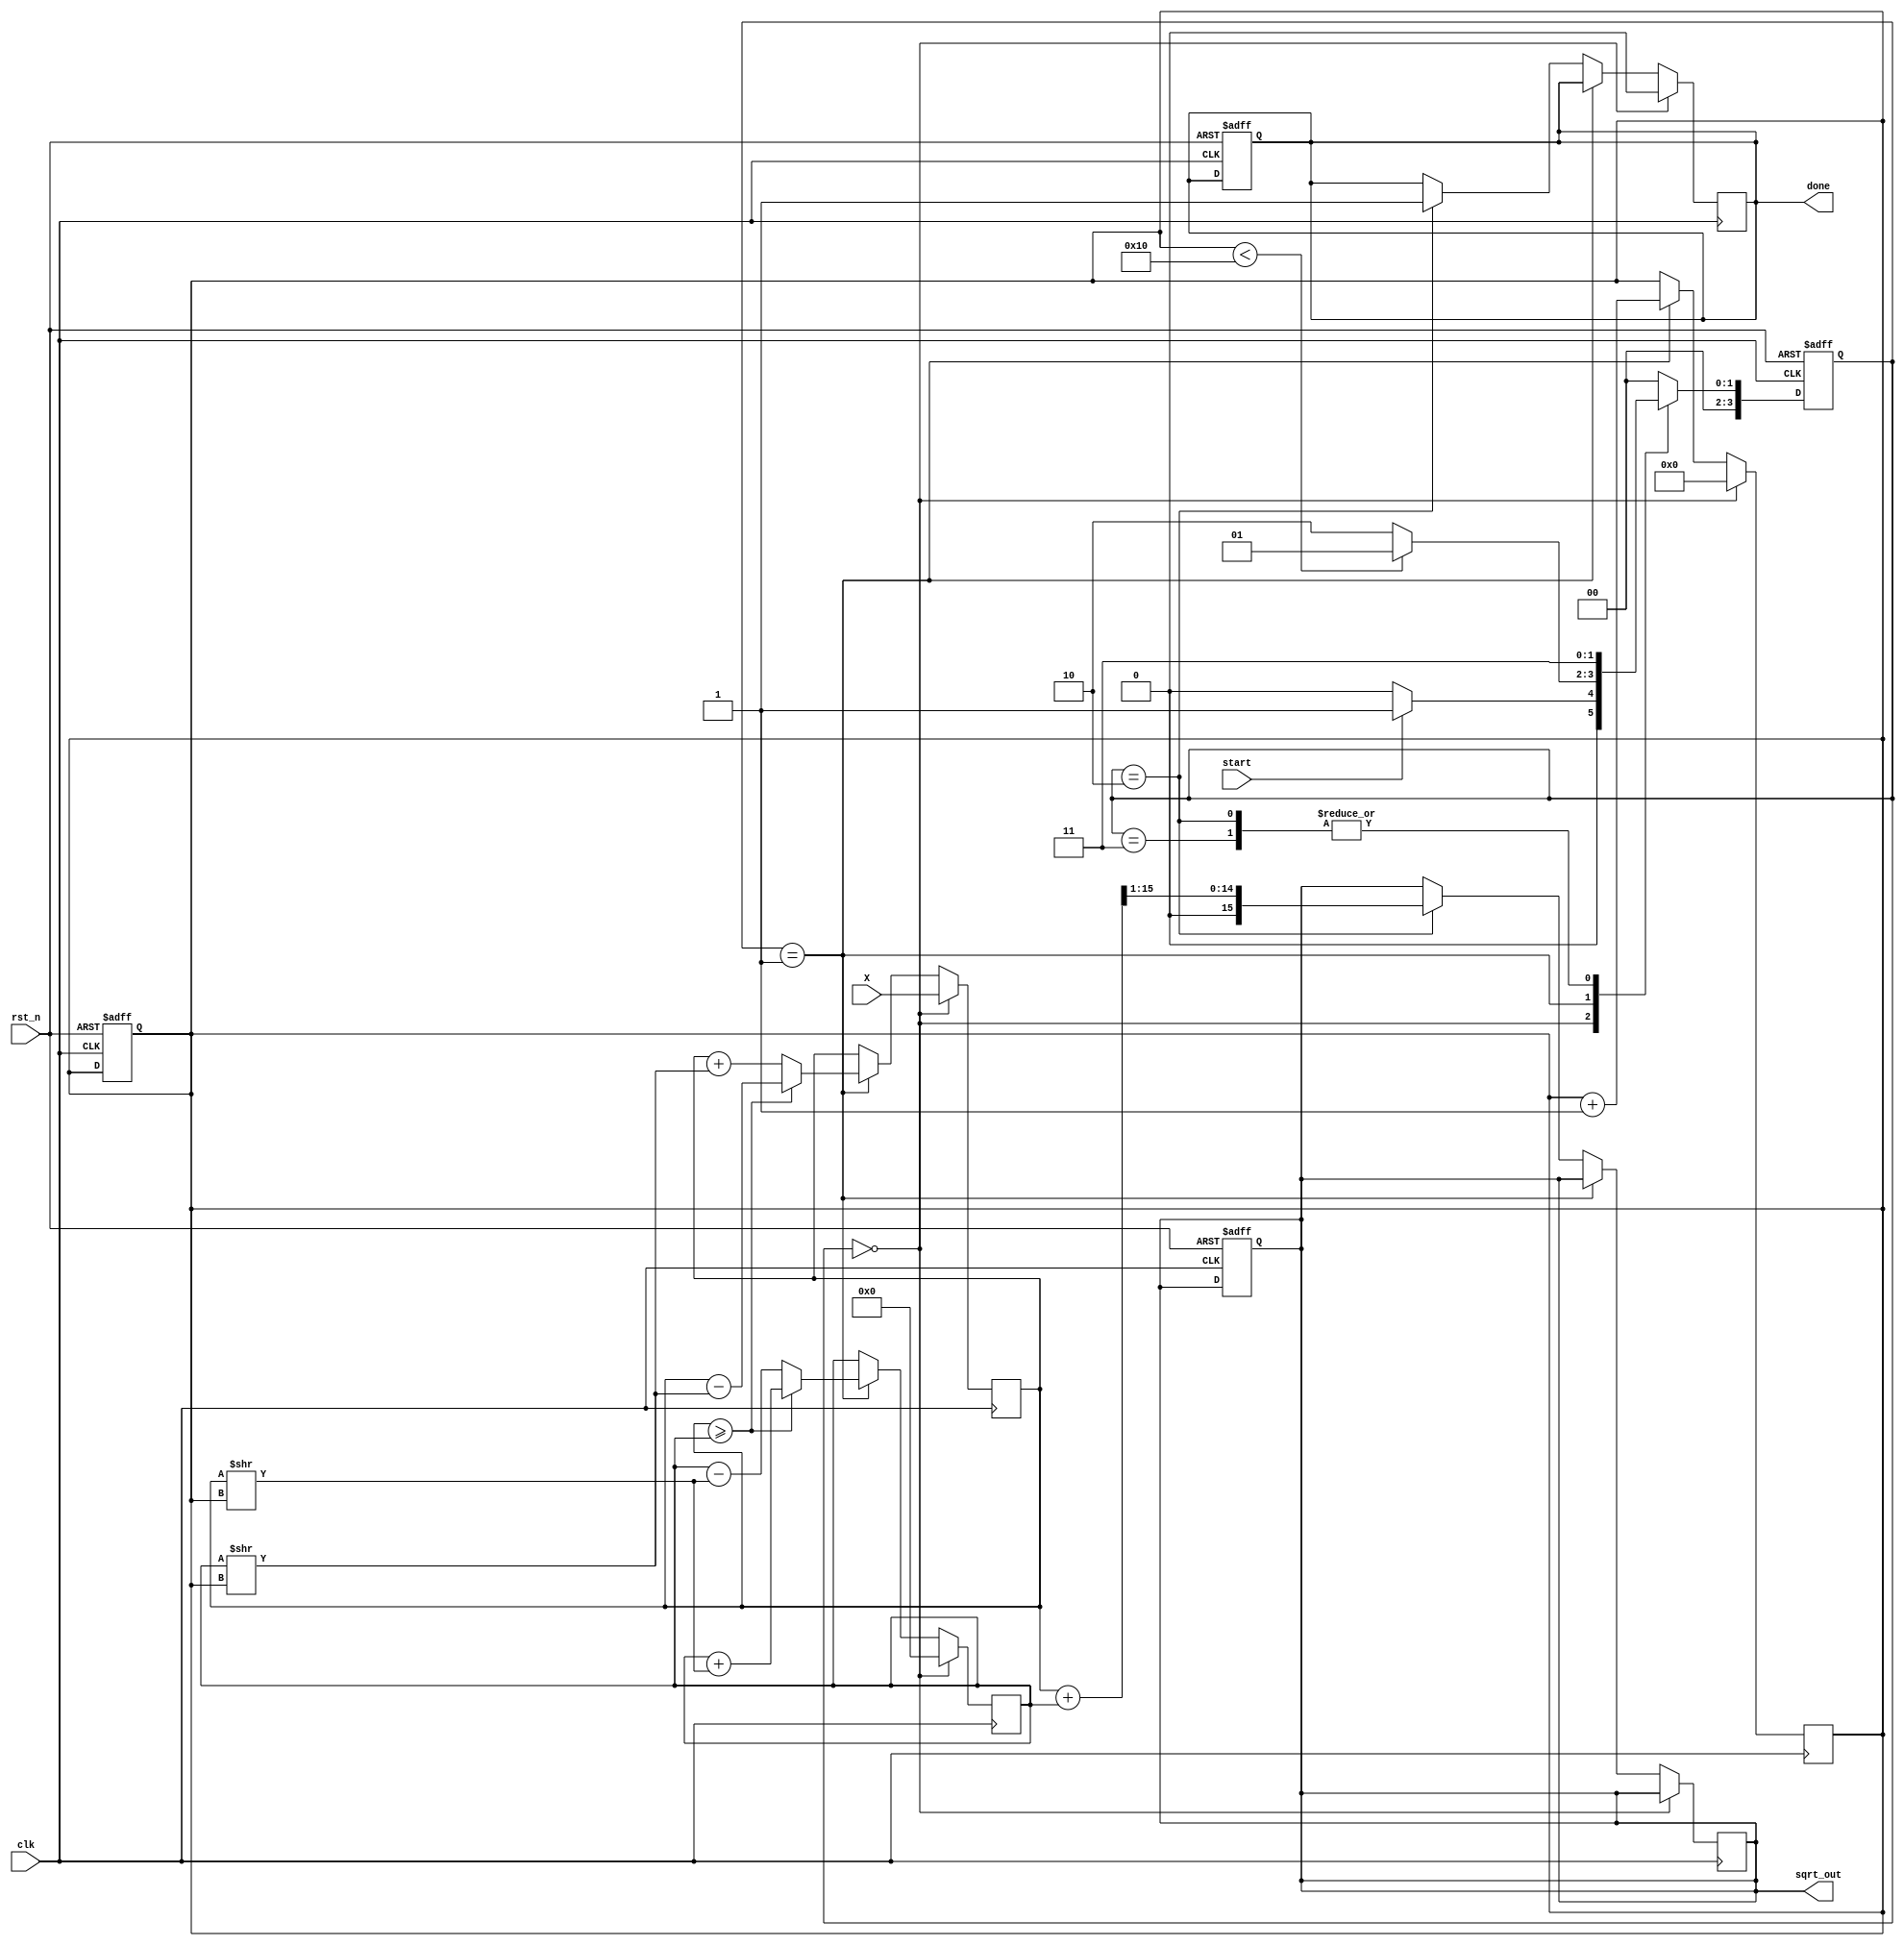
module cordic_sqrt (
    input wire clk,
    input wire rst_n,
    input wire start,
    input wire [15:0] X, // 16-bit input for the number
    output reg [15:0] sqrt_out, // 16-bit output for the square root
    output reg done
);

    parameter N = 16; // Number of iterations
    reg [15:0] X_reg, Y_reg; 
    reg [15:0] Z; // This will store the angle or the value to be rotated
    reg [3:0] state, next_state; // FSM state
    reg [3:0] iteration; // Count iterations
    reg [15:0] K[N-1:0]; // Scaling factors for each iteration

    // Initialize K values (2^-i)
    initial begin
        K[0]  = 16'h2000; // 0.5
        K[1]  = 16'h1C71; // 1/sqrt(2)
        K[2]  = 16'h196A; // 1/sqrt(4)
        K[3]  = 16'h1B70; // 1/sqrt(8)
        K[4]  = 16'h1C20; // 1/sqrt(16)
        K[5]  = 16'h1C90; // 1/sqrt(32)
        K[6]  = 16'h1CD2; // 1/sqrt(64)
        K[7]  = 16'h1CF5; // 1/sqrt(128)
        K[8]  = 16'h1CF8; // 1/sqrt(256)
        K[9]  = 16'h1CFE; // 1/sqrt(512)
        K[10] = 16'h1CFF; // 1/sqrt(1024)
        K[11] = 16'h1CFF; // 1/sqrt(2048)
        K[12] = 16'h1CFF; // 1/sqrt(4096)
        K[13] = 16'h1CFF; // 1/sqrt(8192)
        K[14] = 16'h1CFF; // 1/sqrt(16384)
        K[15] = 16'h1CFF; // 1/sqrt(32768)
    end

    // State definitions
    localparam INIT = 4'd0;
    localparam ITERATE = 4'd1;
    localparam CHECK_CONVERGENCE = 4'd2;
    localparam OUTPUT = 4'd3;

    // FSM for controlling the state transitions
    always @(posedge clk or negedge rst_n) begin
        if (!rst_n) begin
            state <= INIT;
            done <= 1'b0;
            iteration <= 0;
            sqrt_out <= 0;
        end else begin
            state <= next_state;
        end
    end

    // State transitions
    always @(*) begin
        case (state)
            INIT: next_state = start ? ITERATE : INIT;
            ITERATE: next_state = (iteration < N) ? ITERATE : CHECK_CONVERGENCE;
            CHECK_CONVERGENCE: next_state = OUTPUT;
            OUTPUT: next_state = OUTPUT;  // Stay in output state
            default: next_state = INIT;
        endcase
    end

    // CORDIC iterations
    always @(posedge clk) begin
        if (state == INIT) begin
            X_reg <= X; // Initialize X with input
            Y_reg <= 0; // Initial Y
            Z <= 0; // Initial Z
            iteration <= 0; // Reset iteration count
            done <= 1'b0;
        end else if (state == ITERATE) begin
            if (X_reg >= Y_reg) begin
                X_reg <= X_reg - (Y_reg >> iteration); // X_i+1 = X_i - Y_i * 2^-i
                Y_reg <= Y_reg + (X_reg >> iteration); // Y_i+1 = Y_i + X_i * 2^-i
                Z <= Z; // No change in Z
            end else begin
                X_reg <= X_reg + (Y_reg >> iteration);
                Y_reg <= Y_reg - (X_reg >> iteration);
                Z <= Z; // No change in Z
            end
            iteration <= iteration + 1; // Increment iteration count
        end else if (state == CHECK_CONVERGENCE) begin
            sqrt_out <= (X_reg + Y_reg) >> 1; // Output the square root (average)
            done <= 1'b1; // Indicate that the computation is done
        end
    end

endmodule